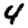
Digit: 4